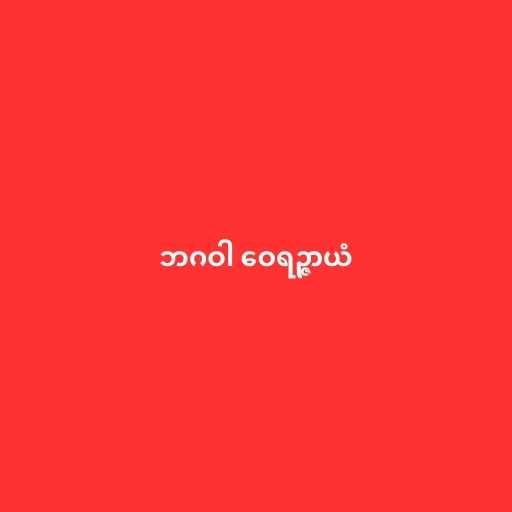
ဘဂဝါ ဝေရဉ္ဇာယံ